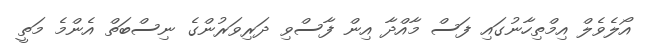
އޯލެވެލް އިމްތިހާނުގައި ފަސް މާއްދާ އިން ފާސްވި ދަރިވަރުންގެ ނިސްބަތް އެންމެ މަތީ